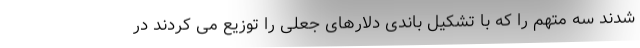
شدند سه متهم را که با تشکیل باندی دلارهای جعلی را توزیع می کردند در